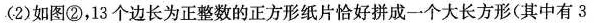
(2)如图②，13个边长为正整数的正方形纸片恰好拼成一个大长方形(其中有3